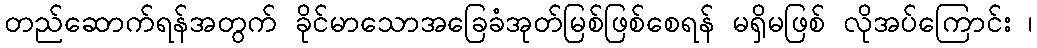
တည်ဆောက်ရန်အတွက် ခိုင်မာသောအခြေခံအုတ်မြစ်ဖြစ်စေရန် မရှိမဖြစ် လိုအပ်ကြောင်း ၊